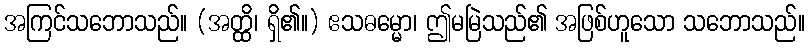
အကြင်သဘောသည်။ (အတ္ထိ၊ ရှိ၏။) ဧသဓမ္မော၊ ဤမမြဲသည်၏ အဖြစ်ဟူသော သဘောသည်။